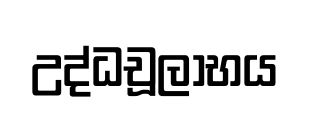
උද්ධචූලාභය